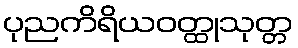
ပုညကိရိယဝတ္ထုသုတ္တ